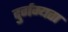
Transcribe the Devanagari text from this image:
दुर्गम्यता